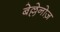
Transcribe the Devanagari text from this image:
बेल्लेनोज़